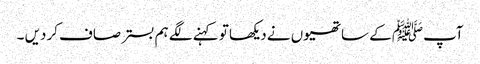
آپﷺ کے ساتھیوں نے دیکھا تو کہنے لگے ہم بسترصاف کردیں ۔